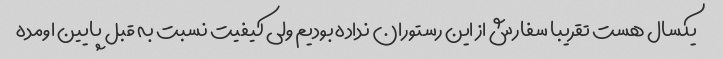
یکسال هست تقریبا سفارش از این رستوران نداده بودیم ولی کیفیت نسبت به قبل پایین اومده